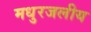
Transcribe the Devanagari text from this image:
मधुरजलीय